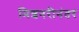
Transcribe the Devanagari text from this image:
मिशनरीनंतर